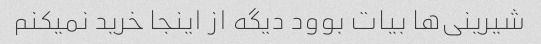
شیرینی‌ها بیات بوود دیگه از اینجا خرید نمیکنم